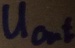
Text: UOut